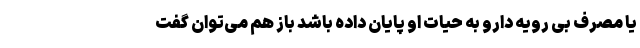
یا مصرف بی رویه دارو به حیات او پایان داده باشد باز هم می‌توان گفت